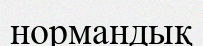
нормандық